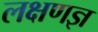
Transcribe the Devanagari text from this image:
लक्षणज्ञ